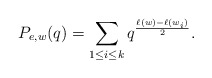
\begin{align*} P_{e,w}(q)=\sum_{1\leq i\leq k}q^{\frac{\ell(w)-\ell(w_i)}{2}}. \end{align*}